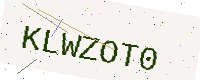
Text: KLWZOT0